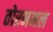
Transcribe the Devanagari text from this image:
तोरनमल